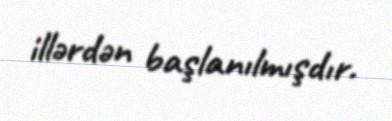
illərdən başlanılmışdır.